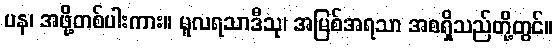
ပန၊ အဖို့တစ်ပါးကား။ မူလရသာဒီသု၊ အမြစ်အရသာ အစရှိသည်တို့တွင်။